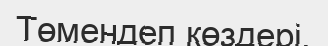
Төмендеп көздерi.